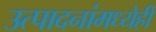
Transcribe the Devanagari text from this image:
उत्पादनांमध्येही